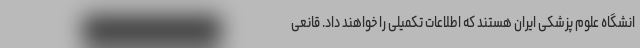
انشگاه علوم پزشکی ایران هستند که اطلاعات تکمیلی را خواهند داد. قانعی